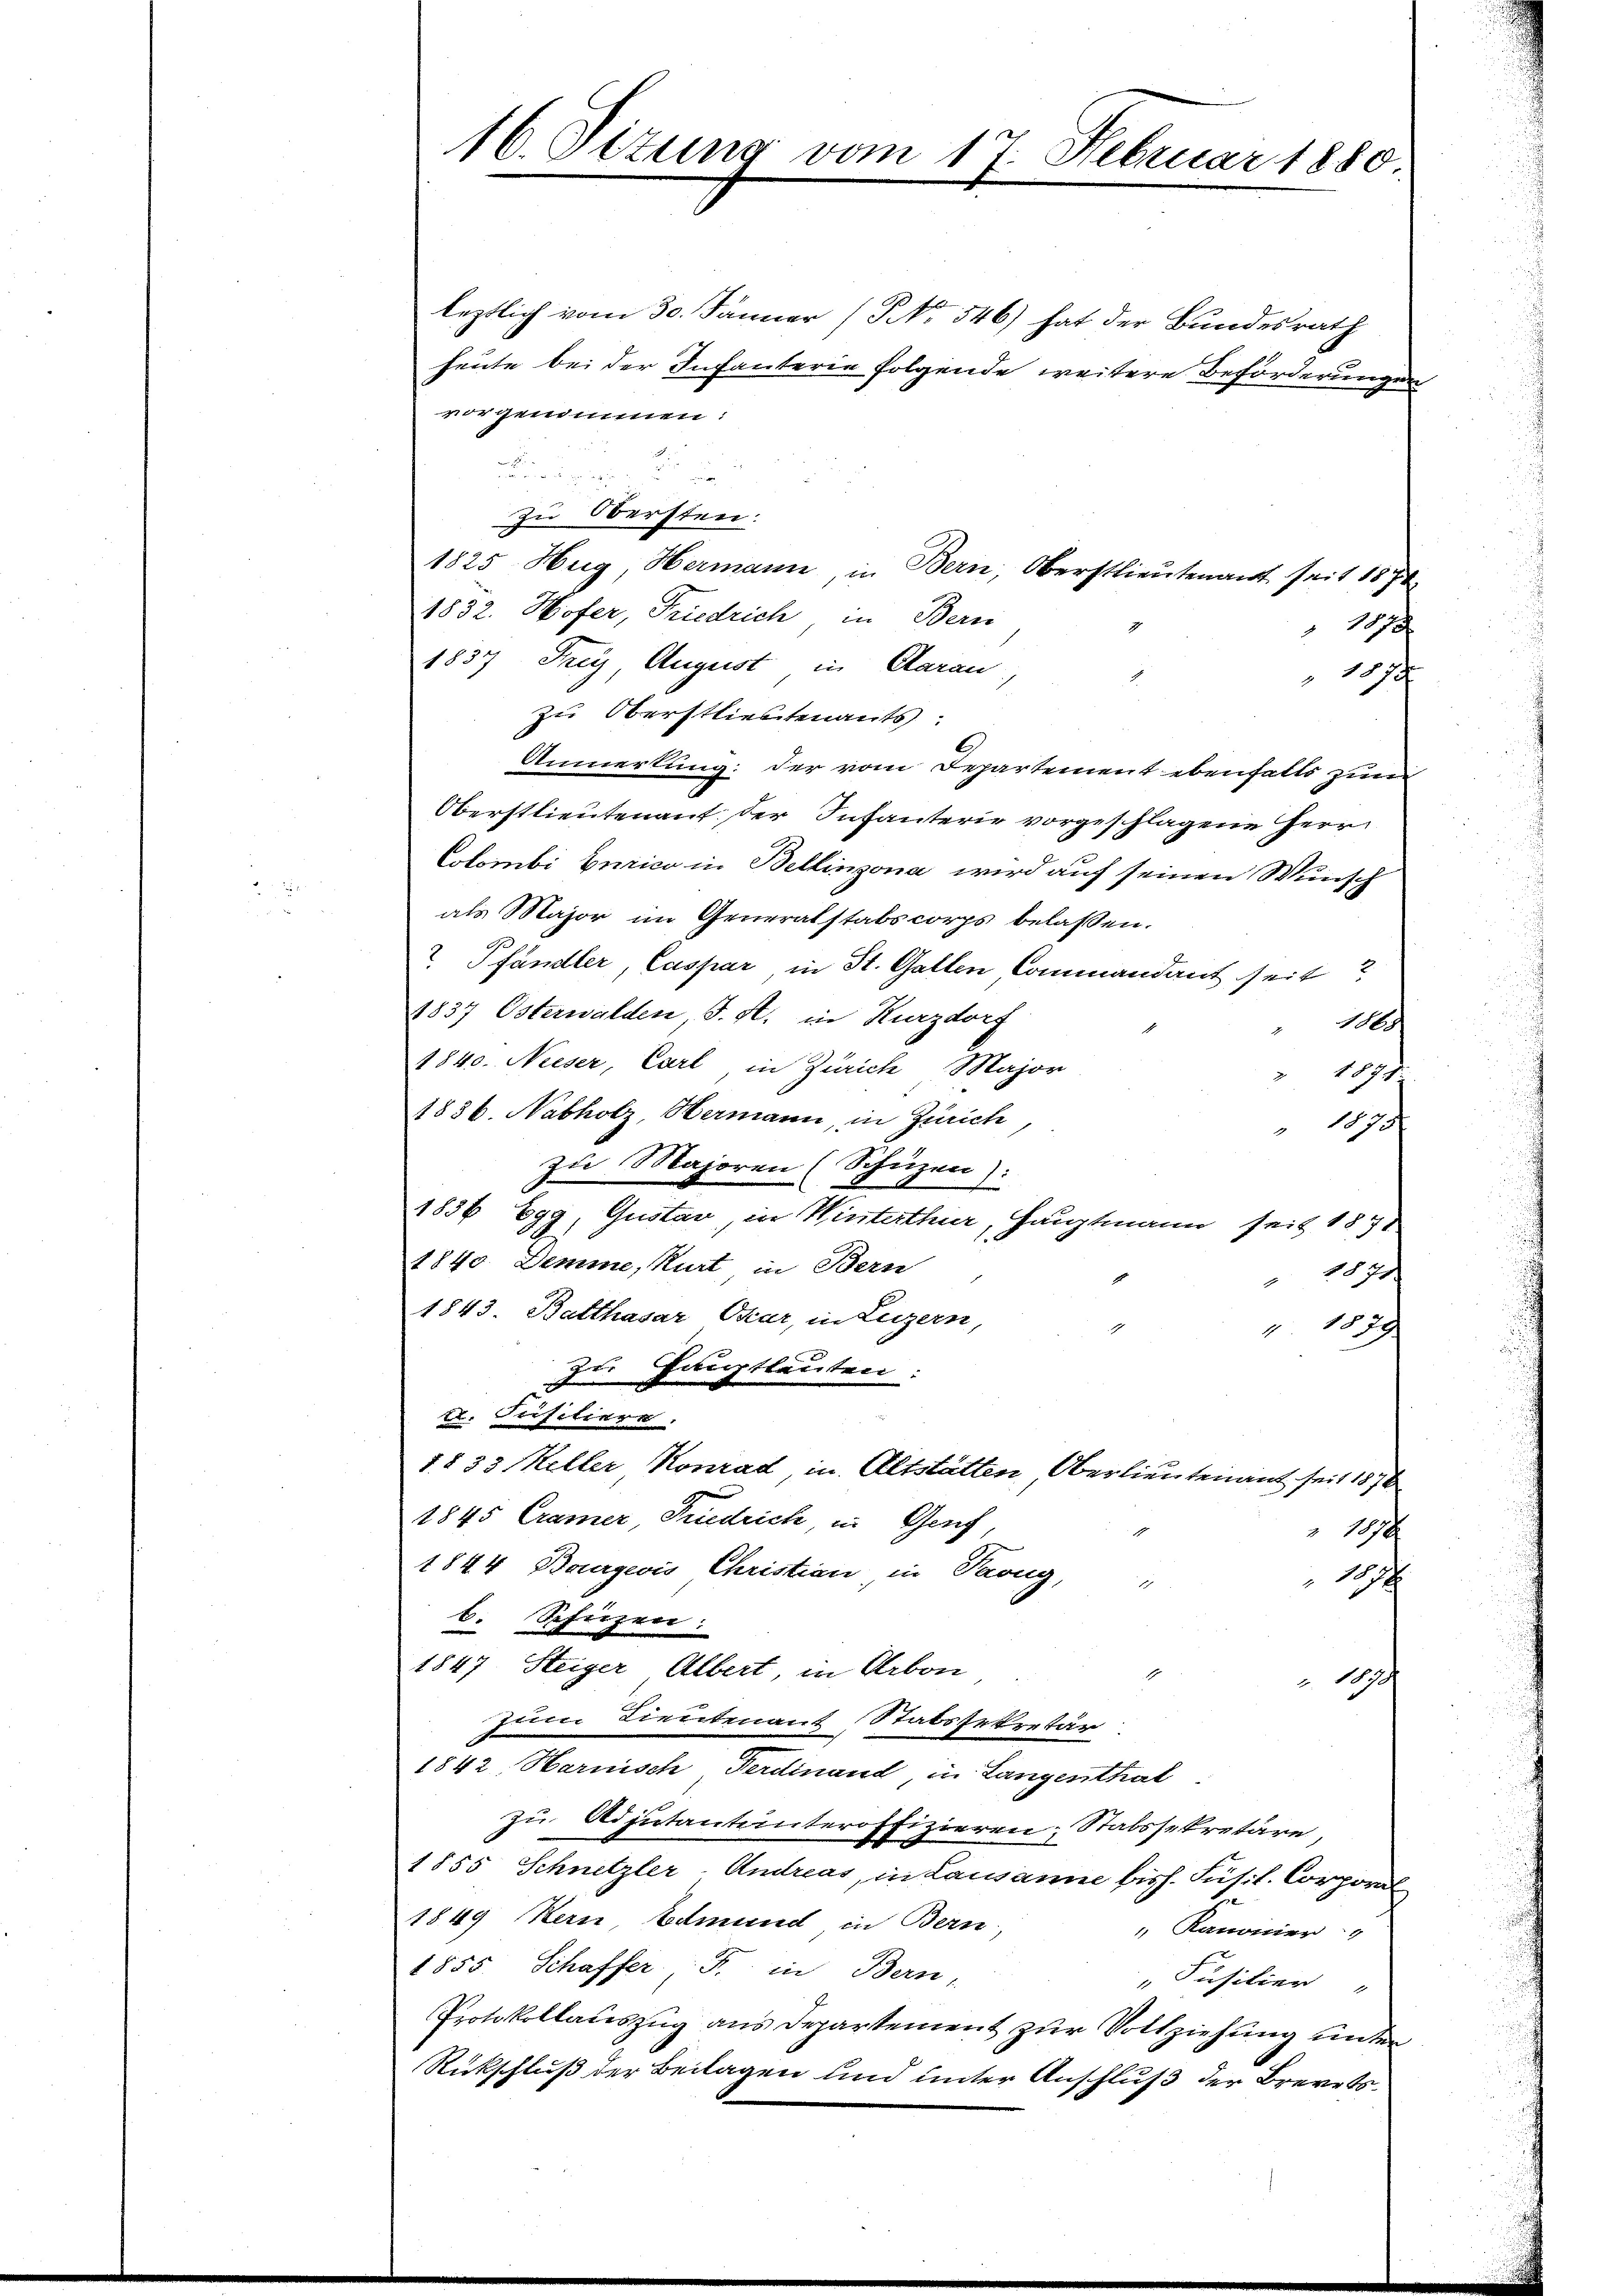
16. Ottung vom 17. Februar 1880

leztlich vom 30. Jänner (NNo. 546) hat der Bundesrath
heute bei der Infanterie folgende weitere Beförderungen
vorgenommen:
d
e
e
zu Obersten.
1825 Hug, Hermann, in Bern, Oberstlieutenant seit 1874
1852. Hofer, Friedrich in Berni
1878
1837 Frey August in Aarau
1872
zu Oberstlieutenants:
Anmerkung: der vom Departement ebenfalls zur
Oberstlieutenant der Infanterie vorgeschlagene Herr
Colombi Curico in Bellinzona wird auf seinen Wunsch
als Major im Generalstabscorps belassen.
 Pfändler, Caspar, in St. Gallen Commandant seit?
1837 Österwalden, S. A. in Kurzdorf
186
1840. Nieser, Carl, in Zürich Major
19.
1836. Nabholz, Hermann in Zürich
1870
zu Majoren (Schüzen):
immer
1836 Egg, Gustav, in Winterthur, Hauptmann seit 1871
1840. Demme, Kurt, in Bern
1874
1843. Batthasar Okar, in Luzern,
z. 1879
zu Hauptleuten:
L. Fisitiere.
1833 Keller Konrad in Altstätten Oberlieutenant seit 1876
1845 Cramer, Friedrich, in Genf,
 1878
1844 Bourgeois Christian in Parug,
12
i
b. Schutzen:
1847. Steiger Albert, in Arbon
.
 1838
zum Lieutenant Stabssekretär
1842 Harnisch Ferdinand, in Langenthal
zu Adjutantunteroffizieren Stabssekretäre
b
1855 Schnetzler-Andreas, in Lausanne bish. Fusil. Corporal
1849 Hern Edmund in Bern,
 Kanonier
1855. Schaffer F. in Bern,
"Päsilier
Protokollauszug aus Departement zur Vollziehung unter
Rückschluß der Beilagen und unter Anschluß der Brevets¬